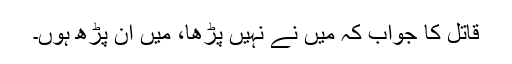
قاتل کا جواب کہ میں نے نہیں پڑھا، میں ان پڑھ ہوں۔